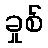
ခှုစ်